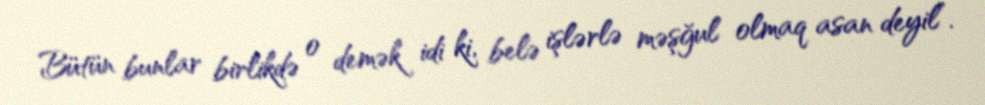
Bütün bunlar birlikdə o demək idi ki, belə işlərlə məşğul olmaq asan deyil”.